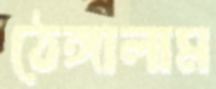
ঠেঙ্গালাম